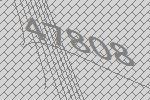
47808